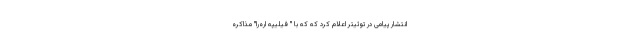
انتشار پیامی در توئیتر اعلام کرد که که با " فیلیپه اره‌را" مذاکره